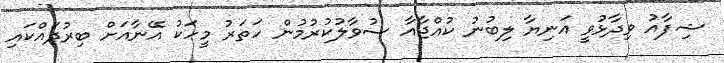
ޝިފާއު ވިދާޅުވީ އަނިޔާ ލިބުނު ކުއްޖާއާ ސުވާލުކުރުމުން ހަތަރު މީހަކު އޭނާއަށް ބިރުދައްކައި